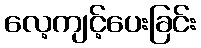
လေ့ကျင့်ပေးခြင်း